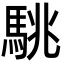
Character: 駣